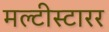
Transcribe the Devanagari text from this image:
मल्टीस्टारर